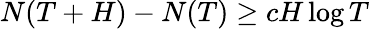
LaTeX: N(T+H)-N(T)\geq cH\log T